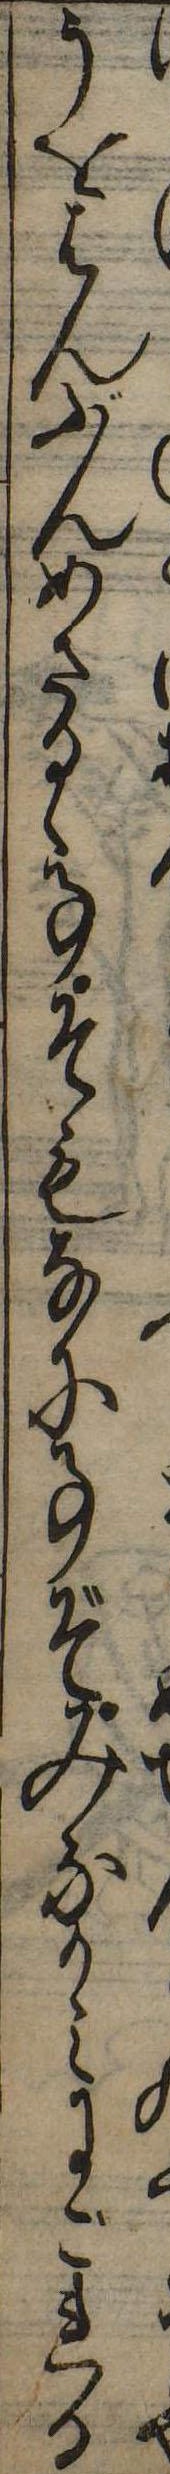
うをはんぶんめさるゝ事そもなに事ぞみなかみにごれる